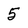
Character: 5